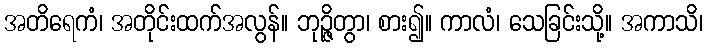
အတိရေကံ၊ အတိုင်းထက်အလွန်။ ဘုဉ္ဇိတွာ၊ စား၍။ ကာလံ၊ သေခြင်းသို့။ အကာသိ၊